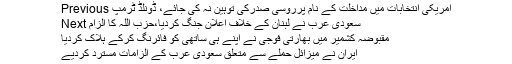
Previous امریکی انتخابات میں مداخلت کے نام پرروسی صدرکی توہین نہ کی جائے، ڈونلڈ ٹرمپ
Next سعودی عرب نے لبنان کے خلاف اعلان جنگ کردیا،حزب اللہ کا الزام
مقبوضہ کشمیر میں بھارتی فوجی نے اپنے ہی ساتھی کو فائرنگ کرکے ہلاک کردیا
ایران نے میزائل حملے سے متعلق سعودی عرب کے الزامات مسترد کردیے